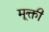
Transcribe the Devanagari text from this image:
मूक्ती